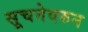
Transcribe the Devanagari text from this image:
सूचनेवरुन